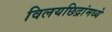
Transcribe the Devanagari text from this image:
विलयछिद्रांमध्ये